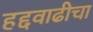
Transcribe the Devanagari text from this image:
हद्दवाढीचा